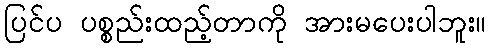
ပြင်ပ ပစ္စည်းထည့်တာကို အားမပေးပါဘူး။